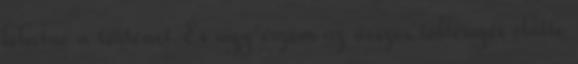
lehetne a történet.És úgy érzem az összes töltényét előtte